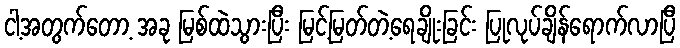
ငါ့အတွက်တော့ အခု မြစ်ထဲသွားပြီး မြင့်မြတ်တဲ့ရေချိုးခြင်း ပြုလုပ်ချိန်ရောက်လာပြီ